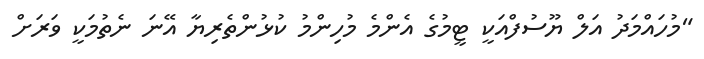
"މުހައްމަދު އަލް ޔޫސުފްއަކީ ޓީމުގެ އެންމެ މުހިންމު ކުޅުންތެރިޔާ އޭނަ ނެތުމަކީ ވަރަށް